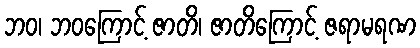
ဘဝ၊ ဘဝကြောင့် ဇာတိ၊ ဇာတိကြောင့် ဇရာမရဏ